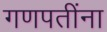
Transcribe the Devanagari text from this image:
गणपतींना